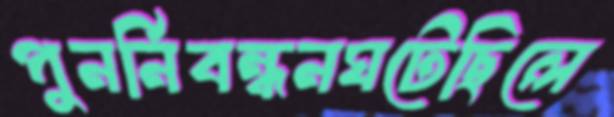
পুনর্নিবন্ধনঘটেছিলে